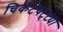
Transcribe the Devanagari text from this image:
चिकटपट्ट्या